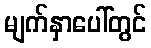
မျက်နှာပေါ်တွင်